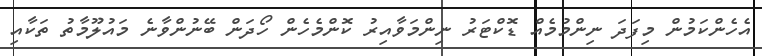
އެހެންކަމުން މިފަދަ ނިންމުމެއް ޑޮކްޓަރު ނިންމަވާއިރު ކޮންމެހެން ހޯދަން ބޭނުންވާނެ މައުލޫމާތު ތަކާއި